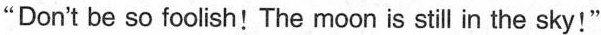
"Don't be so foolish!The moon is still in the sky!"